Medical and sanitary report on the native army of Bombay for the year
Year: 1879
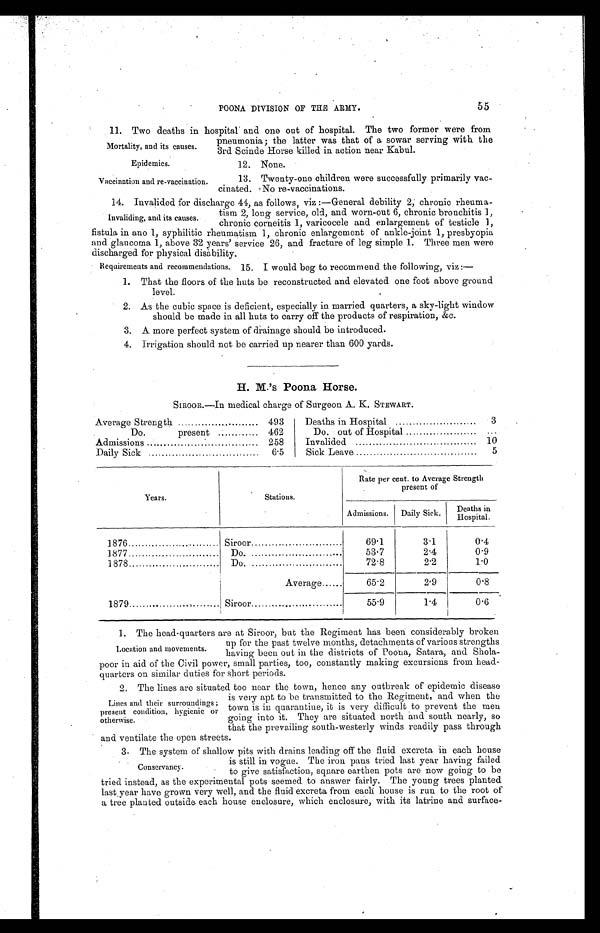
Epidemics.
Vaccination and re-vaccination.
POONA DIVISION OF THE ARMY.
55
11. Two deaths in hospital and one out of hospital. The two former were from
pneumonia ; the latter was that of a sowar serving with the
3rd Scinde Horse killed in action near Kabul.
Mortality, and its causes.
12. None.
13. Twenty-one children were successfully primarily vac--
cinated. No re-vaccinations.
14. Invalided for discharge 44, as follows, viz :—General debility 2; chronic rheuma-
tism 2, long service, old, and worn-out 6, chronic bronchitis 1,
chronic corneitis 1, varicocele and enlargement of testicle 1,
fistula in ano 1, syphilitic rheumatism 1, chronic enlargement of ankle-joint 1, presbyopia
and glaucoma 1, above 32 years' service 26, and fracture of leg simple 1. Three men were
discharged for physical disability.
Invaliding, and its causes.
Requirements and recommendations.
15. I would beg to recommend the following, viz :—
1. That the floors of the huts be reconstructed and elevated one foot above ground
level.
2. As the cubic space is deficient, especially in married quarters, a sky-light window
should be made in all huts to carry off the products of respiration, &c.
3. A more perfect system of drainage should be introduced.
4. Irrigation should not be carried up nearer than 600 yards.
H. M.'s Poona Horse.
SIROOR.—In medical charge of Surgeon A. K. STEWART.
Average Strength . . .
493
Do. present . . .
462
Admissions . . .
258
Daily Sick . . .
6.5
Deaths in Hospital . . .
3
Do. out of Hospital . . .
. . .
Invalided . . .
10
Sick Leave . . .
5
Years.
Stations.
Rate per cent. to Average Strength
present of
Admissions.
Daily Sick.
D e a t h s i n H o s p i t a l .
1876 . . .
Siroor . . .
69.1
3.1
0.4
1877 . . .
Do. . . .
53.7
2.4
0.9
1878 . . .
Do. . . .
72.8
2.2
1.0
Average . . .
65.2
2.9
0.8
1879 . . .
Siroor . . .
55.9
1.4
0.6
1. The head-quarters are at Siroor, but the Regiment has been considerably broken
up for the past twelve months, detachments of various strengths
having been out in the districts of Poona, Satara, and Shola-
-poor in aid of the Civil power, small parties, too, constantly making excursions from head-
- q u a r t e r s o n s i m i l a r d u t i e s f o r s h o r t p e r i o d s .
2 . T h e l i n e s a r e s i t u a t e d t o o n e a r t h e t o w n , h e n c e a n y o u t b r e a k o f e p i d e m i c d i s e a s e
is very apt to be transmitted to the Regiment, and when the
town is in quarantine, it is very difficult to prevent the men
going into it. They are situated north and south nearly, so
that the prevailing south-westerly winds readily pass through and ventilate the open streets.
3. The system of shallow pits with drains leading off the fluid excreta in each house
is still in vogue. The iron pans tried last year having failed
to give satisfaction, square earthen pots are now going to be
tried instead, as the experimental pots seemed to answer fairly. The young trees planted
last year have grown very well, and the fluid excreta from each house is run to the root of
a tree planted outside each house enclosure, which enclosure, with its latrine and surface-
Location and movements.
Lines and their surroundings ;
present condition, hygienic or
otherwise.
Conservancy.